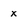
Character: x